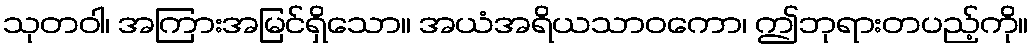
သုတဝါ၊ အကြားအမြင်ရှိသော။ အယံအရိယသာဝကော၊ ဤဘုရားတပည့်ကို။